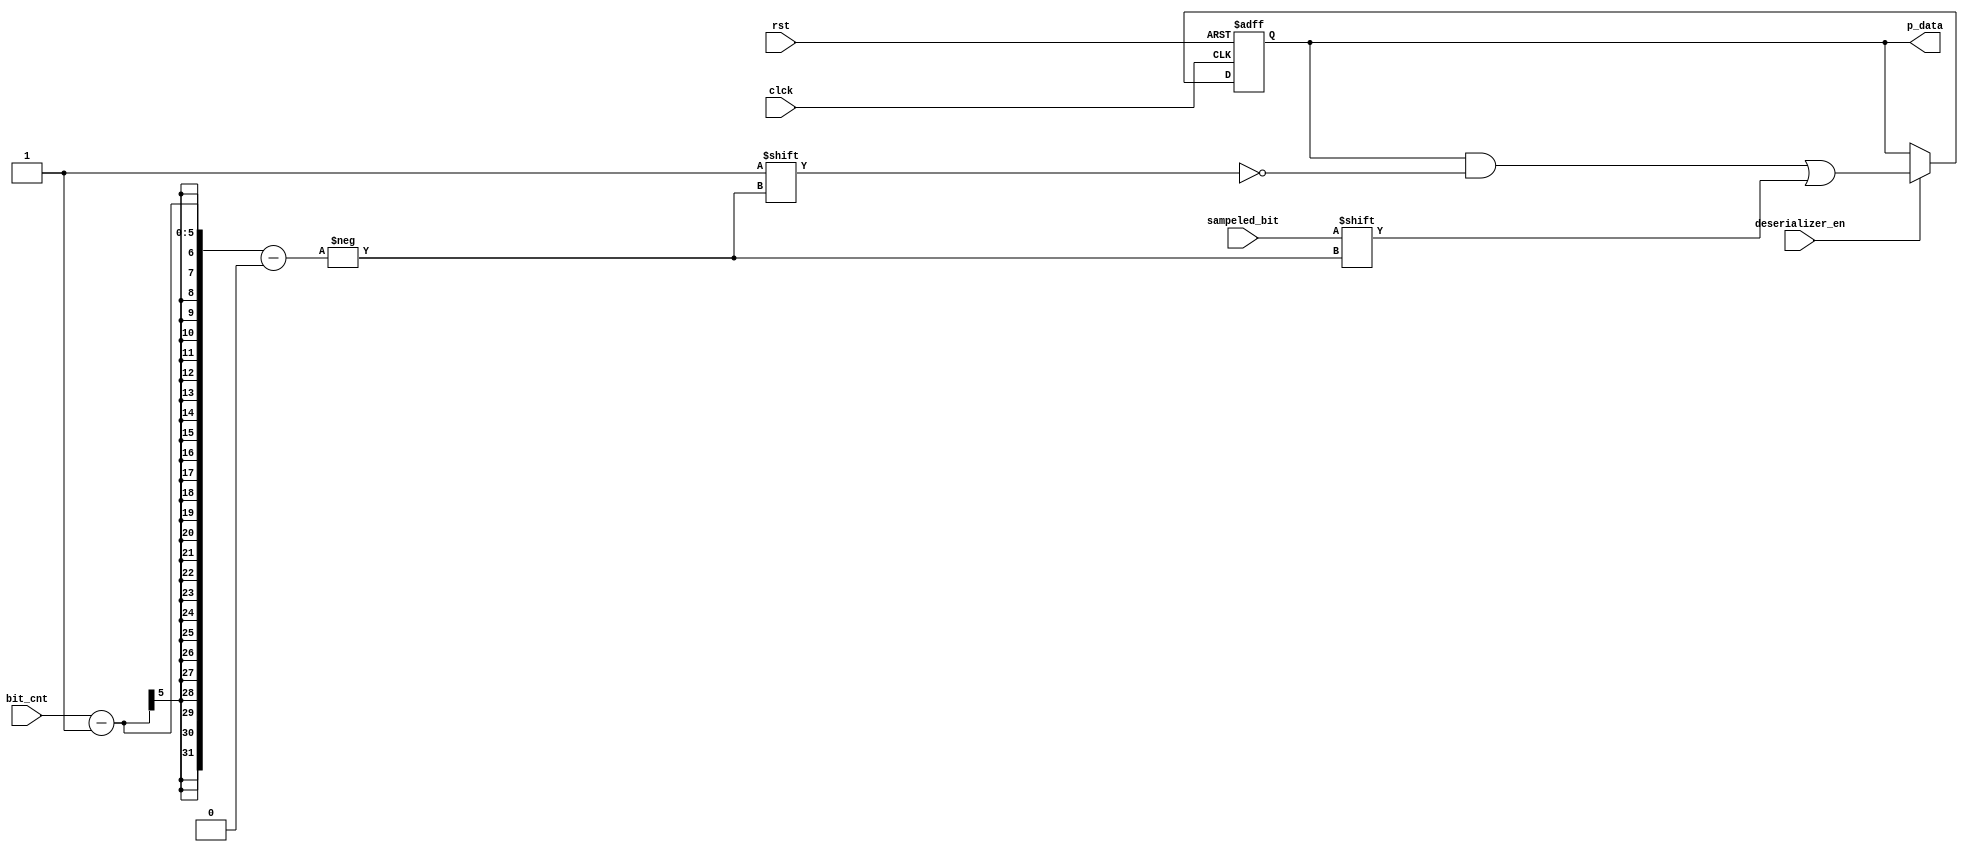
module deserializer (sampeled_bit,deserializer_en,bit_cnt,clck,rst,p_data);
input sampeled_bit,deserializer_en,clck,rst;
input [4:0] bit_cnt;
output reg [7:0] p_data;

always @(posedge clck or negedge rst)
begin
    if (rst==0)
    begin
        p_data<=0;
    end
    else if (deserializer_en==1)
    begin
        p_data[bit_cnt-1]<=sampeled_bit;
    end
    else
    begin
        p_data<=p_data;
    end
end
endmodule